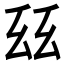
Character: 𢆾